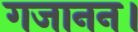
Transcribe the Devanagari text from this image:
गजानन।